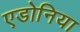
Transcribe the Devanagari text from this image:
एडोनिया